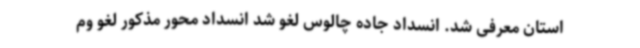
استان معرفی شد. انسداد جاده چالوس لغو شد انسداد محور مذکور لغو وم